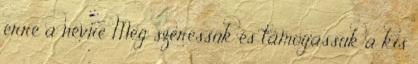
erre a névre Meg szeressük és támogassuk a kis